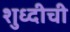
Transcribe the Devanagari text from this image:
शुध्दीची